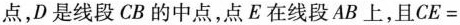
点，D是线段CB的中点，点E在线段AB上，且CE=